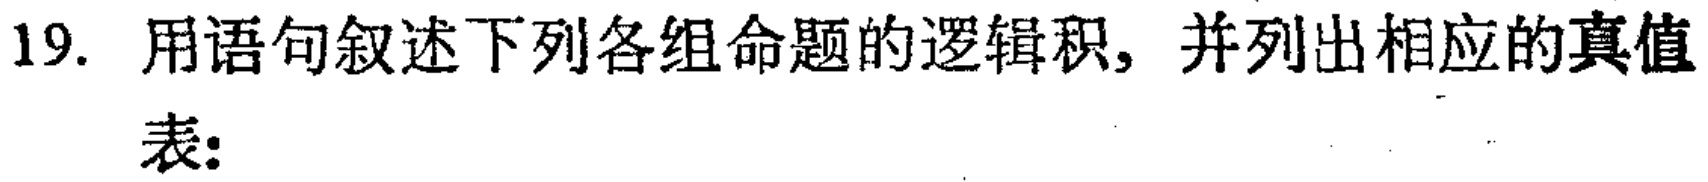
19. 用语句叙述下列各组命题的逻辑积，并列出相应的真值表: